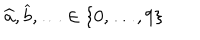
LaTeX: \widehat { a } , \widehat { b } , \ldots \in \{ 0 , \ldots , 9 \}